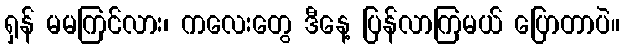
ရှန် မမကြင်လား၊ ကလေးတွေ ဒီနေ့ ပြန်လာကြမယ် ပြောတာပဲ။